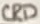
Text: GRD